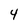
Character: 4